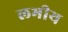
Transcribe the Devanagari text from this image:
लभीय